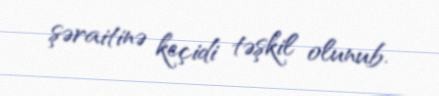
şəraitinə keçidi təşkil olunub.